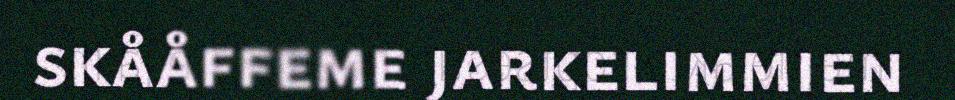
skååffeme jarkelimmien